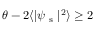
\theta - 2 \langle | \psi _ { \mathrm { ~ s ~ } } | ^ { 2 } \rangle \geq 2